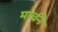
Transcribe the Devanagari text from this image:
मार्चने